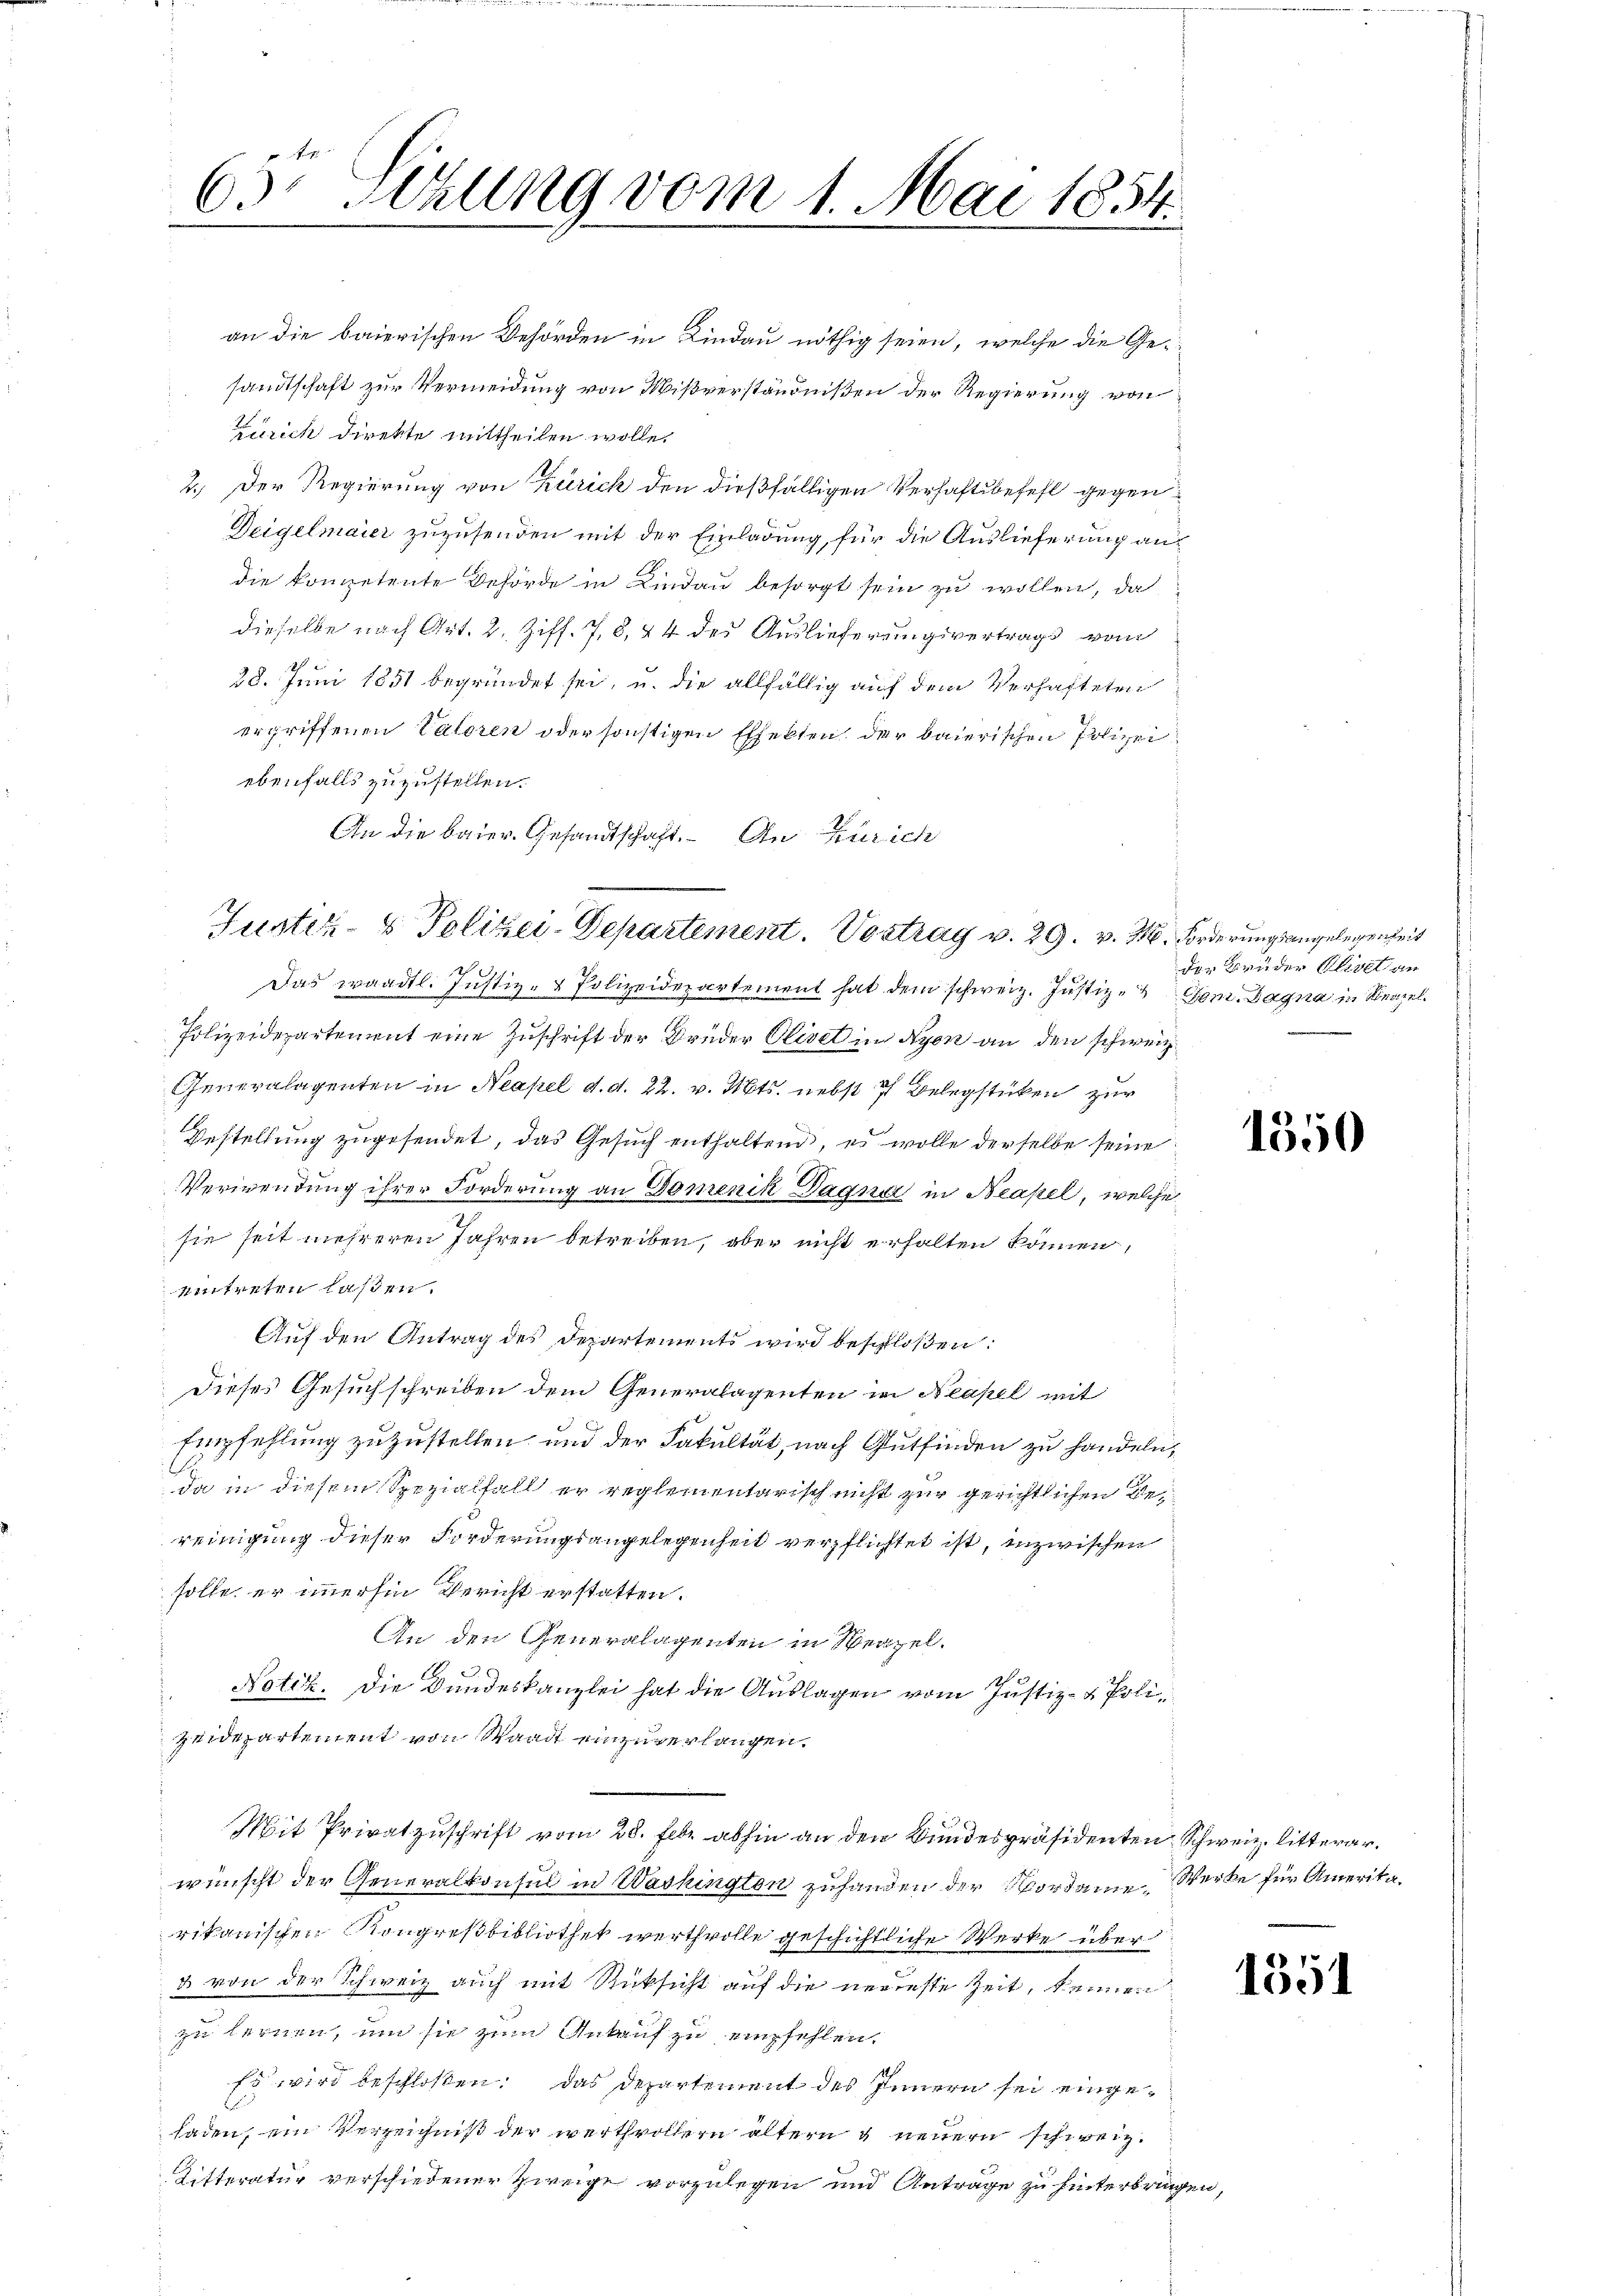
63 sehung vom 1. Mai 1854.

an die baierischen Behörden in Lindau nöthig seien, welche die Gesandtschaft zur Vermeidung von Mißverständnißen der Regierung von
Zürich direkte mittheilen wolle.
2.) Der Regierung von Zürich den dießfälligen Verhaftsbefehl gegen¬
Deigelmaier zuzusenden mit der Einladung, für die Auslieferung andie kompetente Behörde in Lindau besorgt sein zu wollen, da
dieselbe nach Art. 2. Ziff. 78, 44 des Auslieferungsvertrags vom
28. Juni 1851 begründet sei, u. die allfällig auf dem Verhafteten
ergriffenen Catoren oder sonstigen Effekten der baierischen Polizei
ebenfalls zuzustellen.
An die baier. Gesandtschaft. In Zürich
Funter- & Polizei-Departement. Vortrag v. 29. v. M. Forderungsangelegenheit
d
Das waadtl. Justiz- & Polizeidepartement hat dem schweiz. Justiz- Ton. Dagna in Neapel
Polizeidepartement eine Zuschrift der Brüder Olivel in Nyen an den schweiz.
Generalagenten in Neapel d. d. 22. v. Mts. nebst 7 Belegstücken zur
Bestellung zugesendet, das Gesuch enthaltend, es wolle derselbe seine
Verwendung ihrer Forderung an Domenik Dagna in Neapel, welche
sie seit mehreren Jahren betreiben, aber nicht erhalten können,
eintreten laßen.
Auf den Antrag des Departements wird beschloßen:
Dieses Gesuchschreiben dem Generalagenten in Neapel mit
Empfehlung zuzustellen und der Fakultät, nach Gutfinden zu handeln,
da in diesem Spezialfall er reglementarisch nicht zur gerichtlichen Bereinigung dieser Forderungsangelegenheit verpflichtet ist, inzwischen
solle er immerhin Bericht erstatten.
An den Generalagenten in Neapel.
1
Notiz. Die Bundeskanzlei hat die Auslagen vom Justiz- & Poli¬
Zeidepartement von Waadt einzuverlangen.
Mit Privatzuschrift vom 28. Febr abhin an den Bundespräsidenten Schweiz. litterarwünscht der Generalkonsul in Washington zuhanden der Nordame Werke für Amerikarikanischen Kongreßbibliothek werthvolle geschichtliche Werke über¬
& von der Schweiz auch mit Rüksicht auf die neuenste Zeit, kennen
zu lernen, um sie zum Ankauf zu empfehlen.
Es wird beschloßen: Das Departement des Innern sei eingeladen, ein Verzeichniß der werthvollern ältern & neuern schweiz.
Ritteratur verschiedener Zweige vorzulegen und Anträge zu hinterbringen,

der Brüder Alicet an

1550

1351